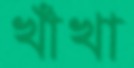
খাঁখা